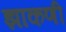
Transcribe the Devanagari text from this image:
झाकणी